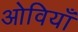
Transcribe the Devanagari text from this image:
ओवियाँ